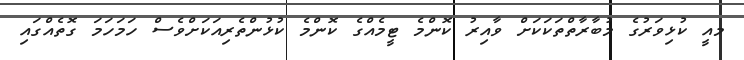
މއީ ކުޅިވަރުގެ މުބާރާތްތަކަކަށް ވާއިރު ކޮންމެ ޓީމެއްގެ ކޮންމެ ކުޅުންތެރިއަކަށްވެސް ހަމަހަމަ ގޮތެއްގައި